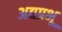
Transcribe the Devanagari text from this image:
अद्यप्रभू